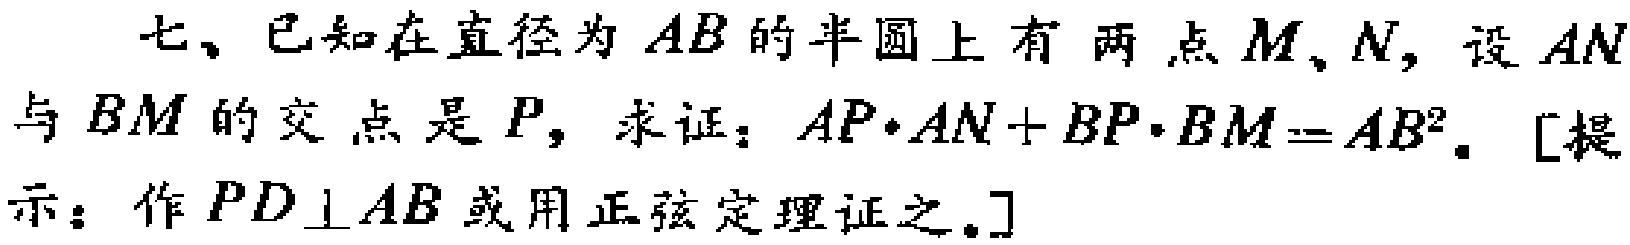
七、已知在直径为\(AB\)的半圆上有两点\(M\)、\(N\)，设\(AN\)与\(BM\)的交点是\(P\)，求证：\(AP\cdot AN + BP\cdot BM = AB^{2}\)。[提示：作\(PD\perp AB\)或用正弦定理证之。]